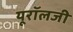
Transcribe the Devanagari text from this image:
यूरॉलजी